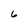
Character: 6